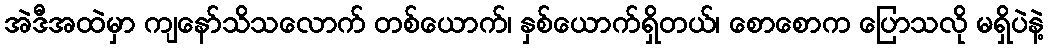
အဲဒီအထဲမှာ ကျနော်သိသလောက် တစ်ယောက်၊ နှစ်ယောက်ရှိတယ်၊ စောစောက ပြောသလို မရှိပဲနဲ့